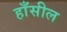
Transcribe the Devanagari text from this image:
हाँसील